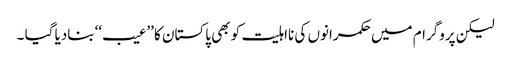
لیکن پروگرام میں حکمرانوں کی نااہلیت کو بھی پاکستان کا ’’عیب‘‘ بنادیا گیا ۔